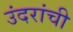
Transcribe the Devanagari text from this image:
उंदरांची